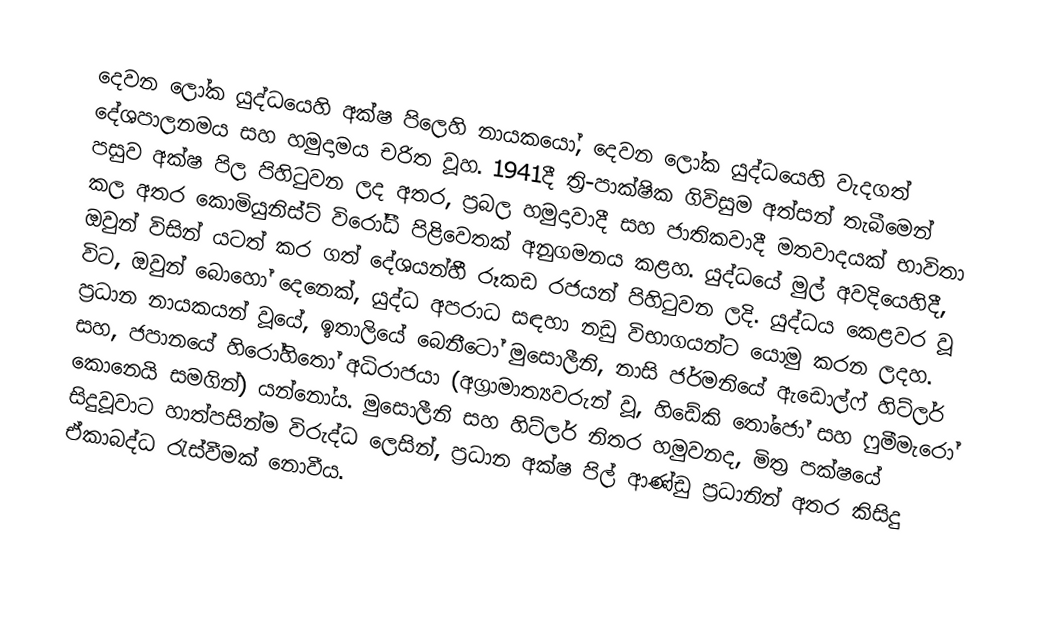
දෙවන ලෝක යුද්ධයෙහි අක්ෂ පිලෙහි නායකයෝ,  දෙවන ලෝක යුද්ධයෙහි වැදගත් දේශපාලනමය සහ හමුදාමය චරිත වූහ. 1941දී ත්‍රි-පාක්ෂික ගිවිසුම අත්සන් තැබීමෙන් පසුව අක්ෂ පිල පිහිටුවන ලද අතර, ප්‍රබල හමුදාවාදී සහ ජාතිකවාදී මතවාදයක් භාවිතා කල අතර කොමියුනිස්ට් විරෝධී පිළිවෙතක් අනුගමනය කළහ. යුද්ධයේ මුල් අවදියෙහිදී, ඔවුන් විසින් යටත් කර ගත් දේශයන්හී රූකඩ රජයන් පිහිටුවන ලදි. යුද්ධය කෙළවර වූ විට, ඔවුන් බොහෝ දෙනෙක්, යුද්ධ අපරාධ සඳහා නඩු විභාගයන්ට යොමු කරන ලදහ. ප්‍රධාන නායකයන් වූයේ, ඉතාලියේ බෙනීටෝ මුසොලීනි, නාසි ජර්මනියේ ඇඩොල්ෆ් හිට්ලර් සහ, ජපානයේ හිරෝහිතෝ අධිරාජයා (අග්‍රාමාත්‍යවරුන් වූ, හිඩේකි තෝජෝ සහ ෆුමීමැරෝ කොනෙයි සමගින්) යන්නෝය. මුසොලීනි සහ හිට්ලර් නිතර හමුවනද,  මිත්‍ර පක්ෂයේ සිදුවූවාට හාත්පසින්ම විරුද්ධ ලෙසින්, ප්‍රධාන අක්ෂ පිල් ආණ්ඩු ප්‍රධානින් අතර කිසිදු ඒකාබද්ධ රැස්වීමක් නොවීය.